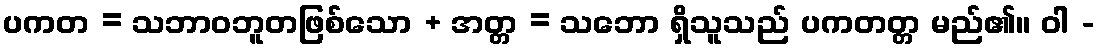
ပကတ = သဘာဝဘူတဖြစ်သော + အတ္တ = သဘော ရှိသူသည် ပကတတ္တ မည်၏။ ဝါ -